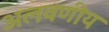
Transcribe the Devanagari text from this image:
अलवणीय